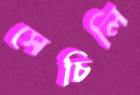
সেচিলি